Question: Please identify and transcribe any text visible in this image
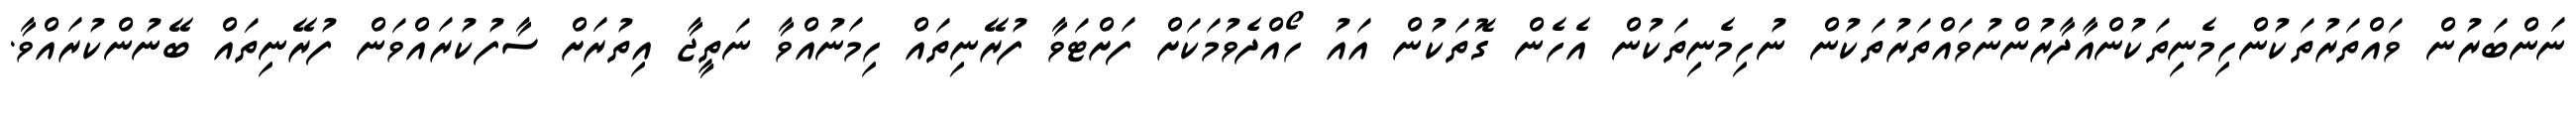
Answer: ނަންބަރުން ވައްތަރުތަކުންހިމެނިތަކުންއާދާރުންނުވައްތަރުތަކުން ނުހިމެނިތަކުން އެހެން ގޮތަކުން އައު ހޯއްދެވުމަކަށް ފަށްޓަވާ ފުރޭނިތައް ހިމަނުއްވާ ނަތީޖާ އިތުރަށް ސާފުކުރައްވަން ފުރޭނިތައް ބޭނުންކުރައްވާ.